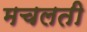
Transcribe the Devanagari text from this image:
मचलती